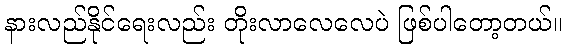
နားလည်နိုင်ရေးလည်း တိုးလာလေလေပဲ ဖြစ်ပါတော့တယ်။